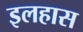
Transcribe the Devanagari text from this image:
इलहास